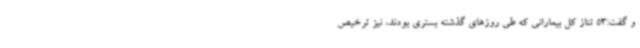
و گفت:53 تناز کل بیمارانی که طی روزهای گذشته بستری بودند، نیز ترخیص